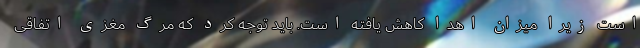
است زیرا میزان اهدا کاهش یافته است. باید توجه کرد که مرگ مغزی اتفاقی